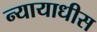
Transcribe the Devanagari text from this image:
न्यायाधीस